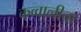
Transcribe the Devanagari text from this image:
कव्वालीचा